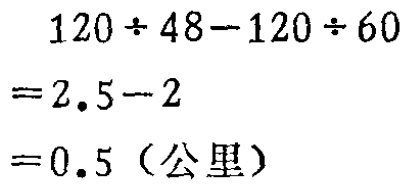
\[
\begin{align*}
&120\div48 - 120\div60\\
=&2.5 - 2\\
=&0.5 \text{（公里）}
\end{align*}
\]